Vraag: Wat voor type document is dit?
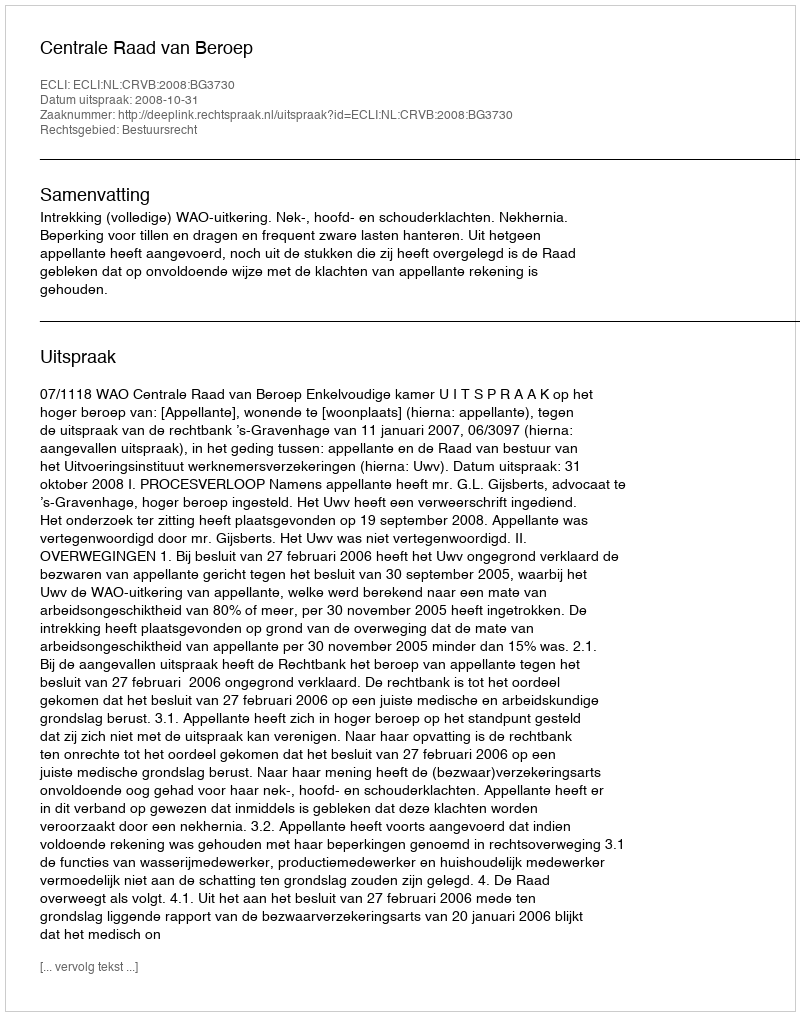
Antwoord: Uitspraak